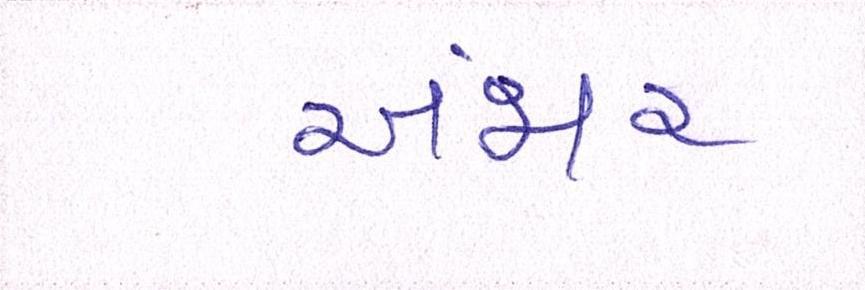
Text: અંજાર